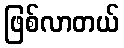
ဖြစ်လာတယ်